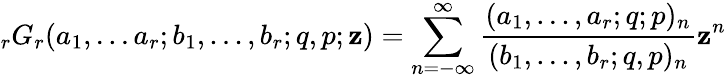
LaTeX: \displaystyle{}_{r}G_{r}(a_{1},...a_{r};b_{1},...,b_{r};q,p;\mathbf{z})=\sum_{n=-\infty}^{\infty}{\frac{{(a_{1},...,a_{r};q;p)_{n}}}{{(b_{1},...,b_{r};q,p)_{n}}}}\mathbf{z}^{n}